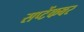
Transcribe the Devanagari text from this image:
सप्टेंकबर